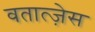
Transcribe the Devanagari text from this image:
वतात्ज़ेस